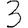
Digit: 3